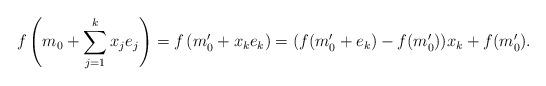
LaTeX: \begin{align*}f \left( m_0 + \sum_{j=1}^k x_j e_j \right) = f \left( m'_0 + x_k e_k\right) = (f(m'_0 + e_k) - f(m'_0)) x_k + f(m'_0).\end{align*}